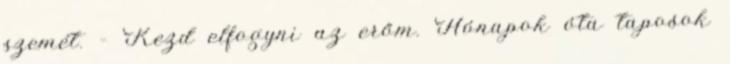
szemét. – Kezd elfogyni az erőm. Hónapok óta taposok